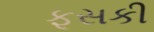
ફૂસકી